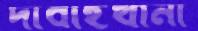
দাবাইখানা